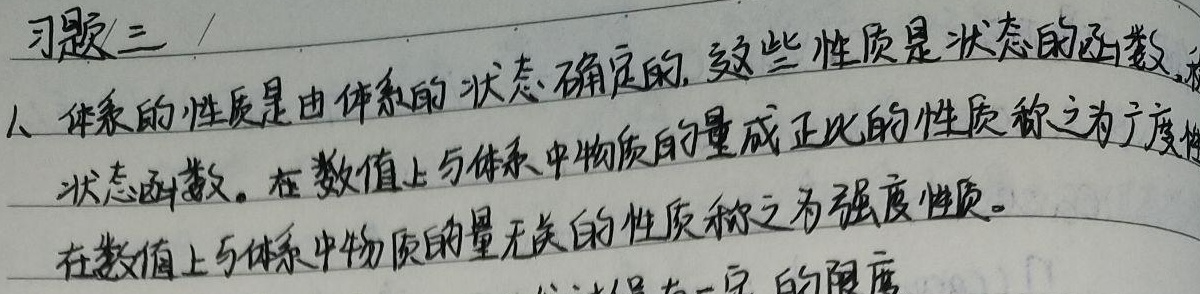
习题三1. 体系的性质是由体系的状态确定的，这些性质是状态的函数，即状态函数。在数值上与体系中物质的量成正比的性质称之为广度性质，在数值上与体系中物质的量无关的性质称之为强度性质。